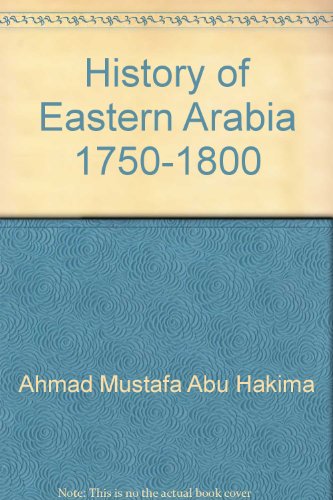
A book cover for History Of Eastern Arabia 1750-1800 : The Rise And Development Of Bahrain And Kuwait; Ahmad Mustafa Abu Hakima; History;